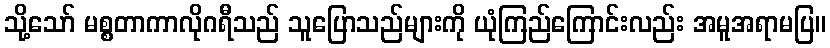
သို့သော် မစ္စတာကာလိုဂရီသည် သူပြောသည်များကို ယုံကြည်ကြောင်းလည်း အမူအရာမပြ။